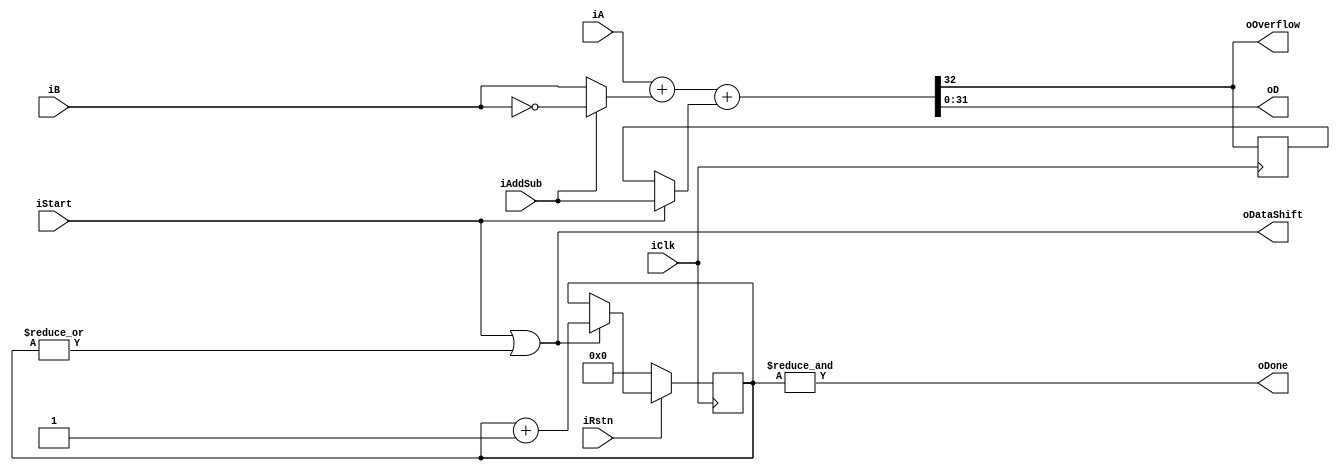
`timescale 1ns/1ps
// function: oD = (iAddSub) ? (iA-iB) : (iA+iB)
module RSA_addsub (
	input		iClk, iRstn,
	input		iStart,
	input		iAddSub,	//0: add;	1: sub
	output		oDataShift,
	input	[31:0]	iA, iB,
	output	[31:0]	oD,
	output		oOverflow,
	output		oDone	);

reg	[4:0]	Counter;
wire		CounterNot0, Counter31;

wire	[31:0]	B, D;

reg		Carry;
wire		Cin, Cout;

/****************************************************/
/*		Counter				*/
/****************************************************/
assign CounterNot0 = |(Counter);	//Counter!=5'd0
assign Counter31 = &(Counter);		//Counter==5'd31

assign oDataShift = iStart|CounterNot0;

always@(posedge iClk) begin
	if(~iRstn)		Counter <= 5'd0;
	else if(oDataShift)	Counter <= Counter + 1'b1;
	else			Counter <= Counter; end

assign oDone = Counter31;

/****************************************************/
/*		Compute				*/
/****************************************************/
// Carry in
always@(posedge iClk) begin
	Carry <= Cout; end
assign Cin = (iStart) ? iAddSub : Carry;

// invert for sub
assign B = (iAddSub) ? ~iB : iB;

// add
assign {Cout, oD} = iA + B + Cin;

// Overflow carry out
assign oOverflow = Cout;

endmodule